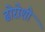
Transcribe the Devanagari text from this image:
ढोरोशी